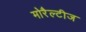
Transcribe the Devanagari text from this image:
मोरैल्टीज